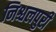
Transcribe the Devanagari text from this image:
निश्चलपुरी